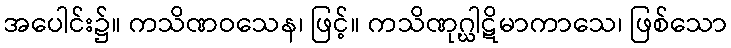
အပေါင်း၌။ ကသိဏဝသေန၊ ဖြင့်။ ကသိဏုဂ္ဃါဋိမာကာသေ၊ ဖြစ်သော